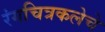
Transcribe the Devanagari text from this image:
रंगचित्रकलेचे